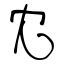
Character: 冘